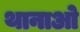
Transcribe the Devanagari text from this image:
थानाओ